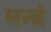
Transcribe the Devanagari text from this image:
मन्त्रं